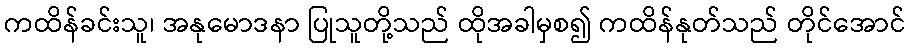
ကထိန်ခင်းသူ၊ အနုမောဒနာ ပြုသူတို့သည် ထိုအခါမှစ၍ ကထိန်နုတ်သည် တိုင်အောင်